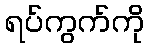
ရပ်ကွက်ကို